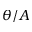
\theta / A